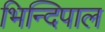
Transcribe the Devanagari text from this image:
भिन्दिपाल